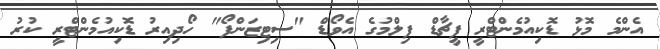
އެންމެ މޮޅު ޑޮކިއުމެންޓްރީ ފީޗާޑް ފިލްމުގެ އެވޯޑް "ސިޓިޒަންފޯ" ހޯދިއިރު ޑޮކިއުމެންޓްރީ ކުރު